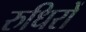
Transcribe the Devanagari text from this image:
रुधिरों